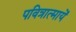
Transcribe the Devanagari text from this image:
पवित्रात्मायें